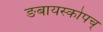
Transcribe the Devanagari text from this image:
ङबायस्कोपच्